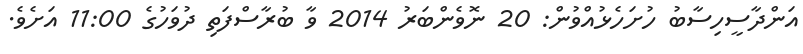
އަންދާސީހިސާބު ހުށަހެޅުއްވުން: 20 ނޮވެންބަރު 2014 ވާ ބުރާސްފަތި ދުވަހުގެ 11:00 އަށެވެ.